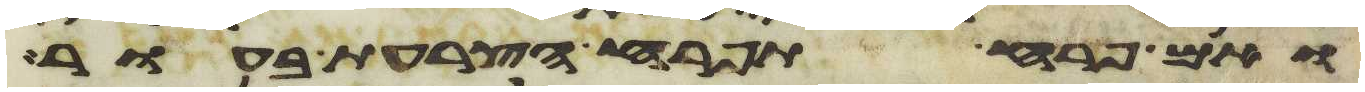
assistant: ואם פרח תפרח הצרעת בעור